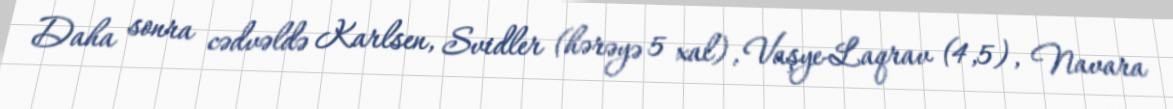
Daha sonra cədvəldə Karlsen, Svidler (hərəyə 5 xal), Vaşye-Laqrav (4,5), Navara